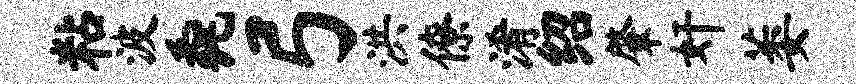
粘波毳弓洪僚淆绍肇奸萎